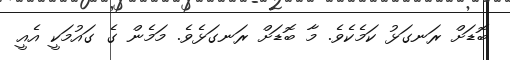
ބޮޑަށް ރަނގަޅު ކަމެކެވެ. މާ ބޮޑަށް ރަނގަޅެވެ. މަމެން ގެ ގައުމަކީ އެއީ